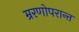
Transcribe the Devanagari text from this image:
म्ररणोपरान्त